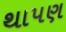
થાપણ